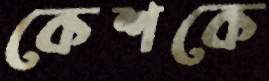
কেশকে